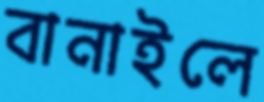
বানাইলে